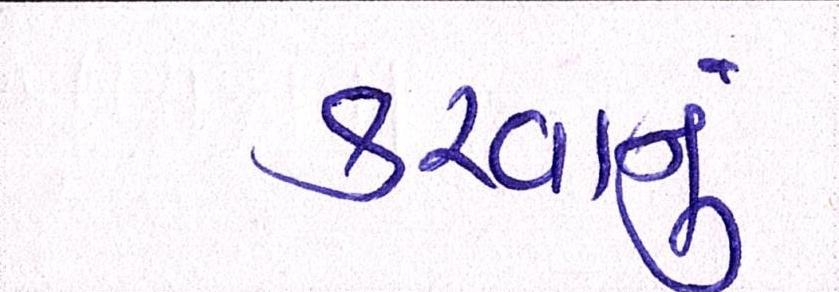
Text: કરવાનું